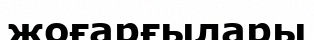
жоғарғылары